Scottish Certificate of Education, 1962
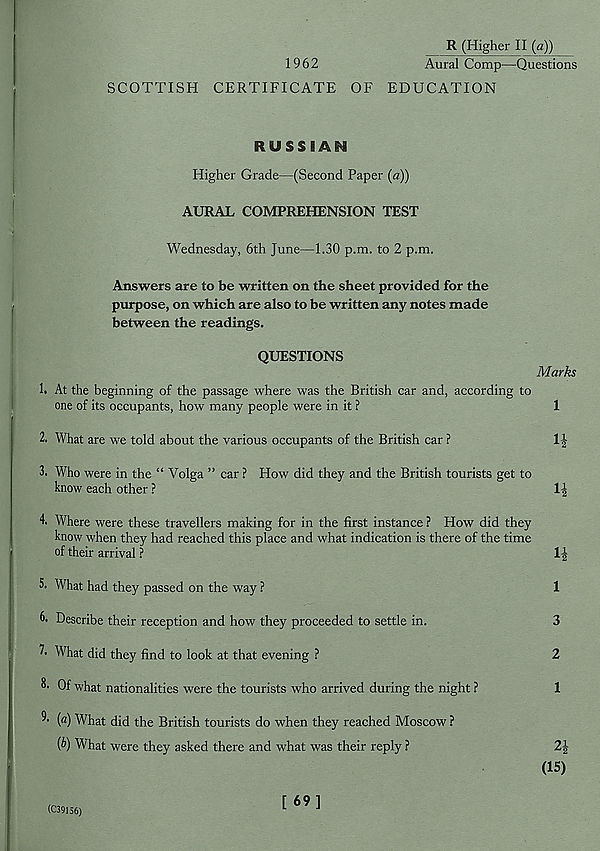
R (Higher II (a))
1962
Aural Comp—Questions
SCOTTISH CERTIFICATE OF EDUCATION
RUSSIAN
Higher Grade—(Second Paper (a))
AURAL COMPREHENSION TEST
Wednesday, 6th June—1.30 p.m. to 2 p.m.
Answers are to be written on the sheet provided for the
purpose, on which are also to be written any notes made
between the readings.
QUESTIONS
Marks
1. At the beginning of the passage where was the British car and, according to
one of its occupants, how many people were in it ?
1
2. What are we told about the various occupants of the British car ?
H
3. Who were in the “ Volga ” car ? How did they and the British tourists get to
know each other ?
4. Where were these travellers making for in the first instance ? How did they
know when they had reached this place and what indication is there of the time
of their arrival ?
1|
5. What had they passed on the way ?
1
6. Describe their reception and how they proceeded to settle in.
3
7. What did they find to look at that evening ?
2
8. Of what nationalities were the tourists who arrived during the night ?
1
■*' ( a ) What did the British tourists do when they reached Moscow ?
{b) What were they asked there and what was their reply ?
(C39156)
[ 69]
21
(15)